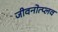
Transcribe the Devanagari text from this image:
जीवनोत्प्लव